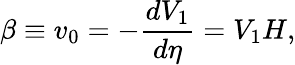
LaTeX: \beta\equiv v_{0}=-\frac{dV_{1}}{d\eta}=V_{1}H,